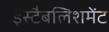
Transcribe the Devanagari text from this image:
इस्‍टैबलिशमेंट